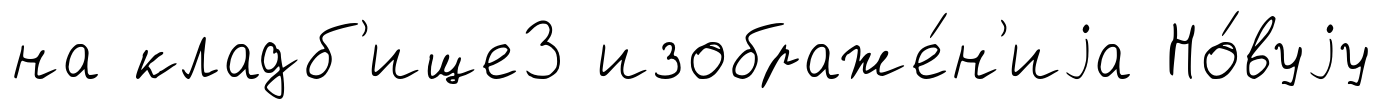
на кладб'ище3 изображе́н'иjа Но́вуjу